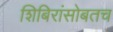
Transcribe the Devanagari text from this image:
शिबिरांसोबतच